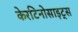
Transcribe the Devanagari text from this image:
केरटिनोसाइट्स